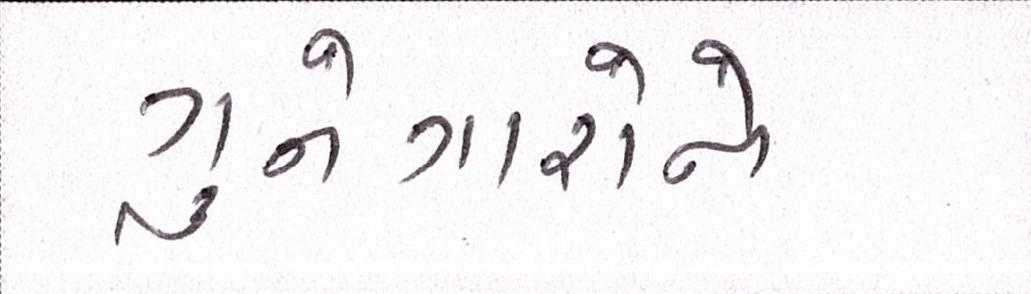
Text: ગુનેગારોને